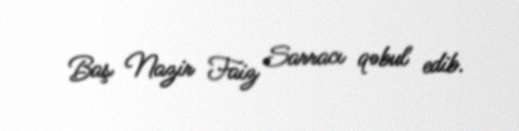
Baş Nazir Faiz Sarracı qəbul edib.